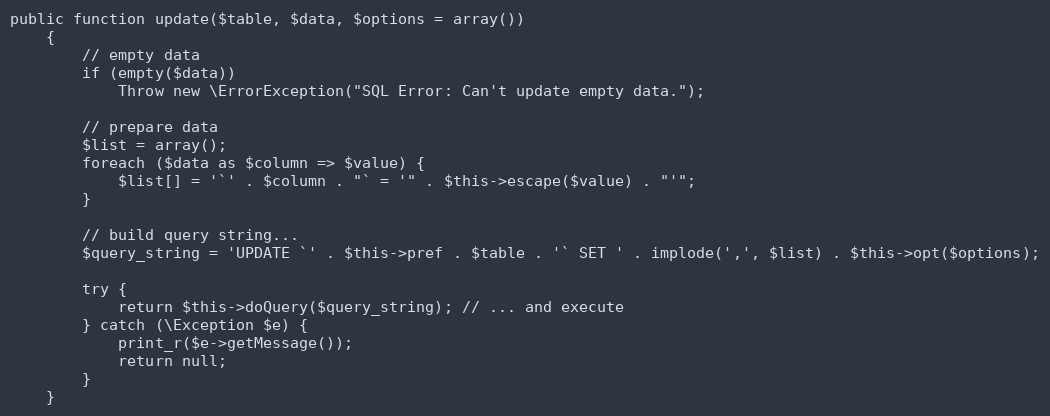
Language: PHP
public function update($table, $data, $options = array())
    {
        // empty data
        if (empty($data))
            Throw new \ErrorException("SQL Error: Can't update empty data.");

        // prepare data
        $list = array();
        foreach ($data as $column => $value) {
            $list[] = '`' . $column . "` = '" . $this->escape($value) . "'";
        }

        // build query string...
        $query_string = 'UPDATE `' . $this->pref . $table . '` SET ' . implode(',', $list) . $this->opt($options);

        try {
            return $this->doQuery($query_string); // ... and execute
        } catch (\Exception $e) {
            print_r($e->getMessage());
            return null;
        }
    }